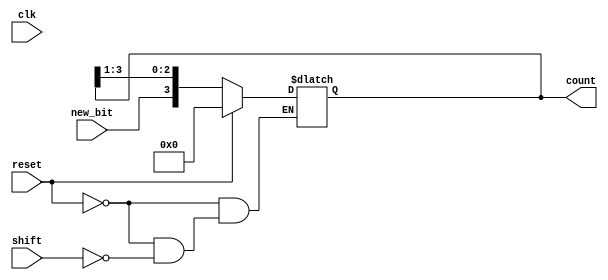
module async_shift_counter (
    input wire clk,          // Clock signal (not used in this asynchronous design)
    input wire reset,        // Reset signal
    input wire shift,        // Shift input signal
    input wire new_bit,      // New bit to be shifted in (LSB)
    output reg [3:0] count   // 4-bit counter output
);

// Always block for combinational logic
always @(*) begin
    if (reset) begin
        count = 4'b0000; // Reset the counter to 0
    end else if (shift) begin
        count = {new_bit, count[3:1]}; // Shift right and insert new_bit at LSB
    end
end

endmodule